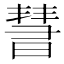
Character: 𣊄